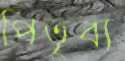
পিতৃব্য